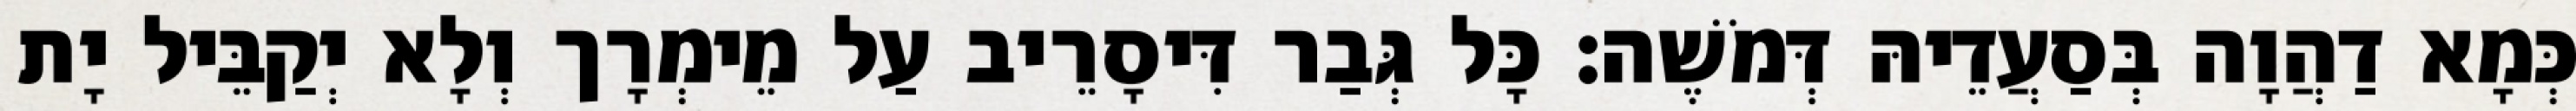
כְּמָא דַהֲוָה בְּסַעֲדֵיהּ דְּמֹשֶׁה׃ כָּל גְּבַר דִּיסָרֵיב עַל מֵימְרָך וְלָא יְקַבֵּיל יָת